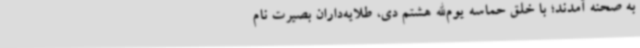
به صحنه آمدند؛ با خلق حماسه یوم‌الله هشتم دی، طلایه‌داران بصیرت نام